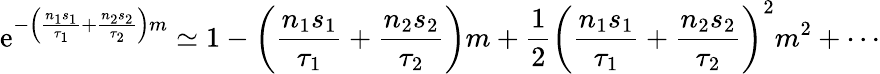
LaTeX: \mathrm{e}^{-\left(\frac{{n_{1}s_{1}}}{{\tau_{1}}}+\frac{{n_{2}s_{2}}}{{\tau_{2}}}\right)m}\simeq1-\left(\frac{{n_{1}s_{1}}}{{\tau_{1}}}+\frac{{n_{2}s_{2}}}{{\tau_{2}}}\right)m+\frac{{1}}{{2}}\left(\frac{{n_{1}s_{1}}}{{\tau_{1}}}+\frac{{n_{2}s_{2}}}{{\tau_{2}}}\right)^{2}m^{2}+\cdots